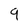
Character: 9